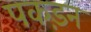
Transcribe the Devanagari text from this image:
पकड़न